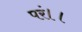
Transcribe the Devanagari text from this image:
परं।।